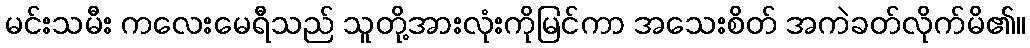
မင်းသမီး ကလေးမေရီသည် သူတို့အားလုံးကိုမြင်ကာ အသေးစိတ် အကဲခတ်လိုက်မိ၏။